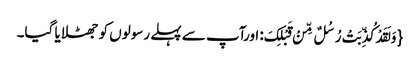
{ وَ لَقَدْ کُذِّبَتْ رُسُلٌ مِّنْ قَبْلِکَ: اورآپ سے پہلے رسولوں کو جھٹلایا گیا۔